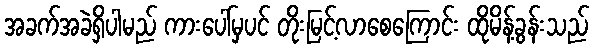
အခက်အခဲရှိပါမည် ကားပေါ်မှပင် တိုးမြင့်လာစေကြောင်း ထိုမိန့်ခွန်းသည်